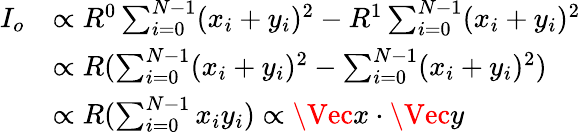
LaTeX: \begin{array}{rl}{I_{o}}&{\propto R^{0}\sum_{i=0}^{N-1}(x_{i}+y_{i})^{2}-R^{1}\sum_{i=0}^{N-1}(x_{i}+y_{i})^{2}}\\ &{\propto R(\sum_{i=0}^{N-1}(x_{i}+y_{i})^{2}-\sum_{i=0}^{N-1}(x_{i}+y_{i})^{2})}\\ &{\propto R(\sum_{i=0}^{N-1}x_{i}y_{i})\propto\Vec{x}\cdot\Vec{y}}\end{array}